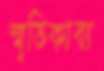
স্মৃতিকাব্য